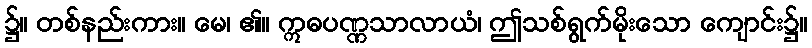
၌။ တစ်နည်းကား။ မေ၊ ၏။ ဣဓပဏ္ဏသာလာယံ၊ ဤသစ်ရွက်မိုးသော ကျောင်း၌။